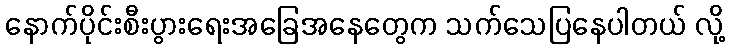
နောက်ပိုင်းစီးပွားရေးအခြေအနေတွေက သက်သေပြနေပါတယ် လို့